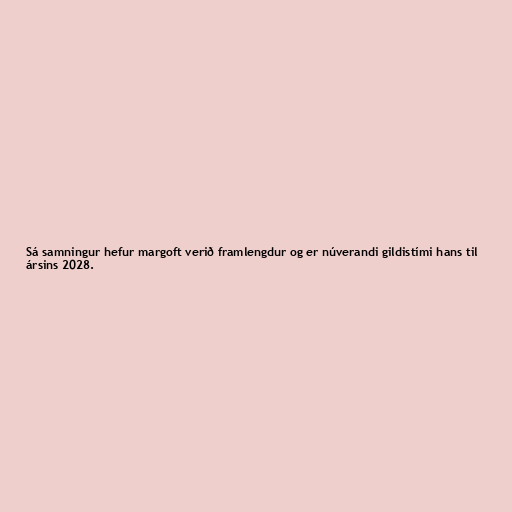
Sá samningur hefur margoft verið framlengdur og er núverandi gildistími hans til
ársins 2028.